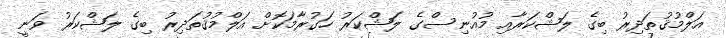
އަލްމުޤުތަދިރު ބިގެ ލަޝްކަރާއި މުއުނިސްގެ ލަޝްކަރު ހަގުރާމަކޮށް އަލްމުޤުތަދިރު ބިގެ ލަޝްކަރު ވަނީ